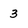
Character: 3